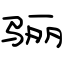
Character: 骊